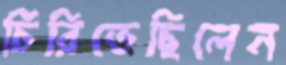
চিরিতেছিলেন